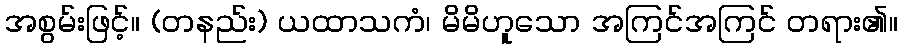
အစွမ်းဖြင့်။ (တနည်း) ယထာသကံ၊ မိမိဟူသော အကြင်အကြင် တရား၏။